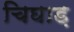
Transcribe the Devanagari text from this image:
चिघाड़